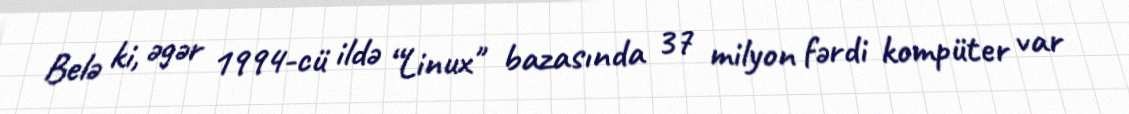
Belə ki, əgər 1994-cü ildə “Linux" bazasında 37 milyon fərdi kompüter var